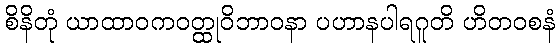
စိနိတုံ ယာထာဝကဝတ္ထုဝိဘာဝနာ ပဟာနပါရဂူတိ ဟိတဝစနံ